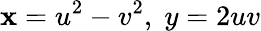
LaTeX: \mathbf{x}=u^{2}-v^{2},\; y=2uv